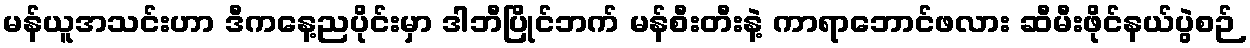
မန်ယူအသင်းဟာ ဒီကနေ့ညပိုင်းမှာ ဒါဘီပြိုင်ဘက် မန်စီးတီးနဲ့ ကာရာဘောင်ဖလား ဆီမီးဖိုင်နယ်ပွဲစဉ်